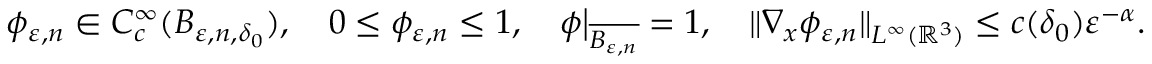
\phi _ { \varepsilon , n } \in C _ { c } ^ { \infty } ( B _ { \varepsilon , n , \delta _ { 0 } } ) , \quad 0 \leq \phi _ { \varepsilon , n } \leq 1 , \quad \phi \big | _ { \overline { { B _ { \varepsilon , n } } } } = 1 , \quad \| \nabla _ { x } \phi _ { \varepsilon , n } \| _ { L ^ { \infty } ( \mathbb { R } ^ { 3 } ) } \leq c ( \delta _ { 0 } ) \varepsilon ^ { - \alpha } .